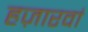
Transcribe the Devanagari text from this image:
हज़ारवां